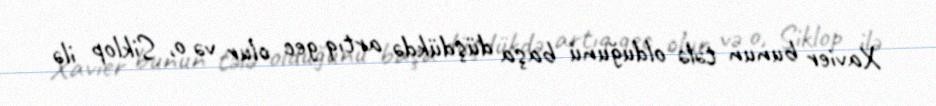
Xavier bunun tələ olduğunu başa düşdükdə artıq gec olur və o, Siklop ilə